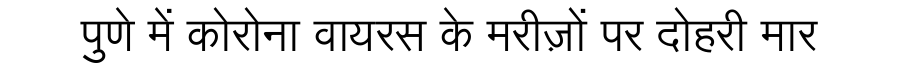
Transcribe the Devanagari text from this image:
पुणे में कोरोना वायरस के मरीज़ों पर दोहरी मार